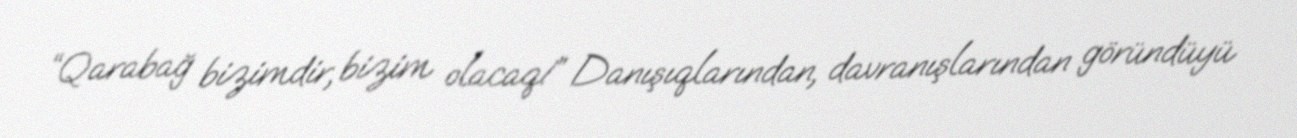
“Qarabağ bizimdir, bizim olacaq!” Danışıqlarından, davranışlarından göründüyü